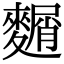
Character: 𪍛